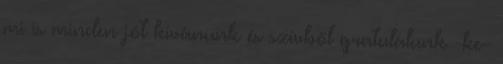
mi is minden jót kívánunk és szívből gratulálunk -ke-